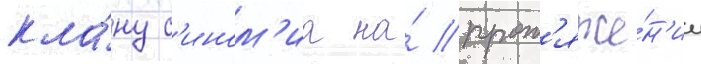
кла́ну с'ином'иа на́ прот'яже́н'ии